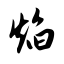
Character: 焰